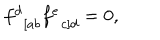
f _ { \; \; \left[ a b \right. } ^ { d } f _ { \; \; \left. c \right] d } ^ { e } = 0 ,